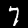
Label: 7